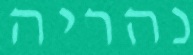
נהריה